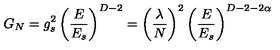
G _ { N } = g _ { s } ^ { 2 } \left( { \frac { E } { E _ { s } } } \right) ^ { D - 2 } = \left( { \frac { \lambda } { N } } \right) ^ { 2 } \left( { \frac { E } { E _ { s } } } \right) ^ { D - 2 - 2 \alpha }